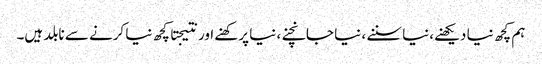
ہم کچھ نیا دیکھنے،نیا سننے ، نیا جانچنے، نیا پرکھنے اور نتیجتا کچھ نیا کرنے سے نابلد ہیں۔